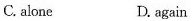
C. alone D. again